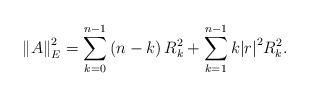
LaTeX: \begin{align*}\left\| {A} \right\|_{E}^{2}=\sum\limits_{k=0}^{n-1}{\left(n-k \right)}\,R_{k}^{2}+\sum\limits_{k=1}^{n-1}{k{{\left| r\right|}^{2}}}R_{k}^{2}.\end{align*}